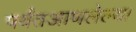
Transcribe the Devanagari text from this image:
पर्यंतआणलेल्या